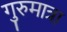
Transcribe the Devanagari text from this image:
गुरुमात्रा